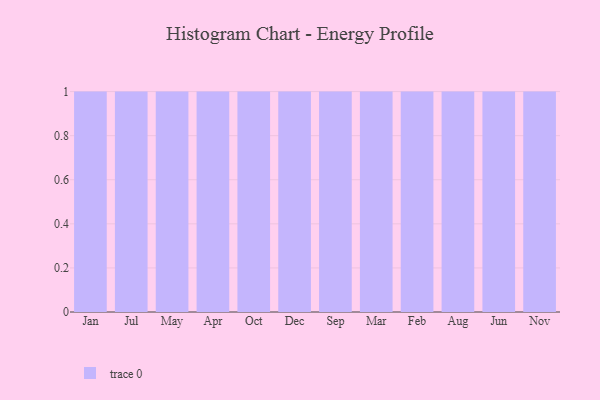
{"axis": {"x": "Month", "y": "Energy Usage (MWh)"}, "legend": [""], "data": [{"x": "Jan", "y": 58, "type": ""}, {"x": "Jul", "y": 69, "type": ""}, {"x": "May", "y": 1, "type": ""}, {"x": "Apr", "y": 58, "type": ""}, {"x": "Oct", "y": 34, "type": ""}, {"x": "Dec", "y": 63, "type": ""}, {"x": "Sep", "y": 89, "type": ""}, {"x": "Mar", "y": 62, "type": ""}, {"x": "Feb", "y": 90, "type": ""}, {"x": "Aug", "y": 33, "type": ""}, {"x": "Jun", "y": 50, "type": ""}, {"x": "Nov", "y": 70, "type": ""}]}